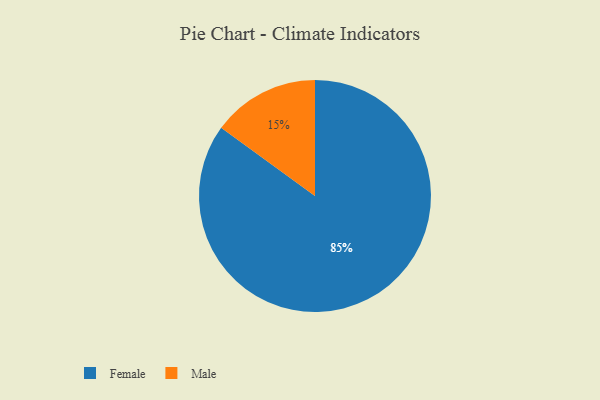
{"axis": {"x": "Category", "y": "Percentage"}, "legend": ["Female", "Male"], "data": [{"x": "Female", "y": 85, "type": "Female"}, {"x": "Male", "y": 15, "type": "Male"}]}